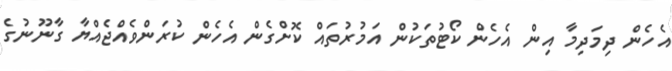
އެހެން ދިމަދިމާ އިން އެހެން ކޯޓުތަކުން އަމުރުތައް ކޮށްގެން އެހެން ކުރަންވެއްޖެއްޔާ ގާނޫނުގެ